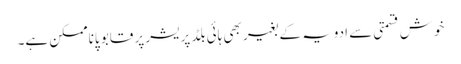
خوش قسمتی سے ادویہ کے بغیر بھی ہائی بلڈ پریشر پر قابو پاناممکن ہے۔